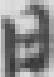
日